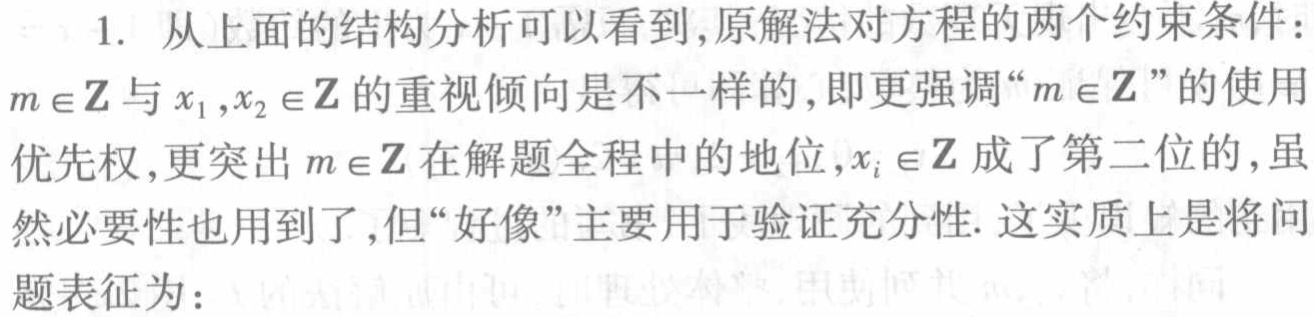
1. 从上面的结构分析可以看到,原解法对方程的两个约束条件：
\(m\in\mathbb{Z}\)与\(x_1,x_2\in\mathbb{Z}\)的重视倾向是不一样的,即更强调“\(m\in\mathbb{Z}\)”的使用
优先权,更突出\(m\in\mathbb{Z}\)在解题全程中的地位,\(x_i\in\mathbb{Z}\)成了第二位的,虽
然必要性也用到了,但“好像”主要用于验证充分性. 这实质上是将问
题表征为：